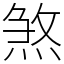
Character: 煞